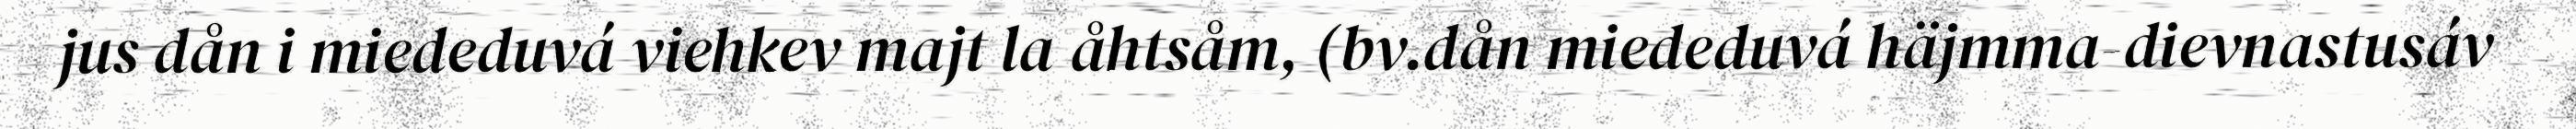
jus dån i miededuvá viehkev majt la åhtsåm, (bv.dån miededuvá häjmma-dievnastusáv